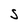
Character: S